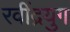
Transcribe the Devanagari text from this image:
रवींद्रयुग